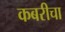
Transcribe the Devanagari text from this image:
कबरीचा